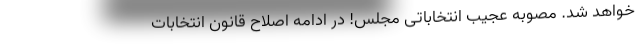
خواهد شد. مصوبه عجيب انتخاباتى مجلس! در ادامه اصلاح قانون انتخابات